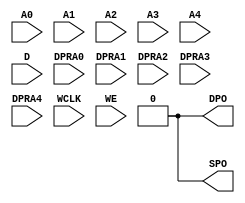
module RAM32X1D (/*AUTOARG*/
   // Outputs
   DPO, SPO,
   // Inputs
   A0, A1, A2, A3, A4, D, DPRA0, DPRA1, DPRA2, DPRA3, DPRA4, WCLK, WE
   );

   //inputs
   input A0;
   input A1;
   input A2;
   input A3;
   input A4;
   input D;
   input DPRA0;
   input DPRA1;
   input DPRA2;
   input DPRA3;
   input DPRA4;
   input WCLK;
   input WE;
   
   //outputs
   output DPO;
   output SPO;

   assign DPO=1'b0;
   assign SPO=1'b0;
   
  
endmodule // RAM32X1D